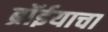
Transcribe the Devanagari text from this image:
ब्रॉईयाचा